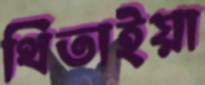
থিতাইয়া